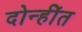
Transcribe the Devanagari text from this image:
दोन्हींत